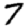
Digit: 7